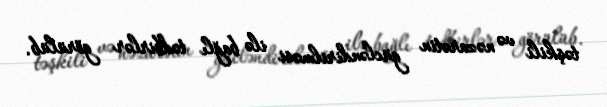
təşkili və nəzarətin gücləndirilməsi ilə bağlı tədbirlər görülüb.